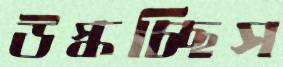
উস্‌কচ্ছিস